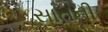
સાતની